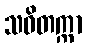
သဝိတက္ကာ